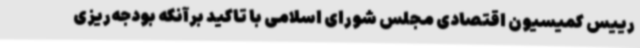
رییس کمیسیون اقتصادی مجلس شورای اسلامی با تاکید برآنکه بودجه‌ریزی